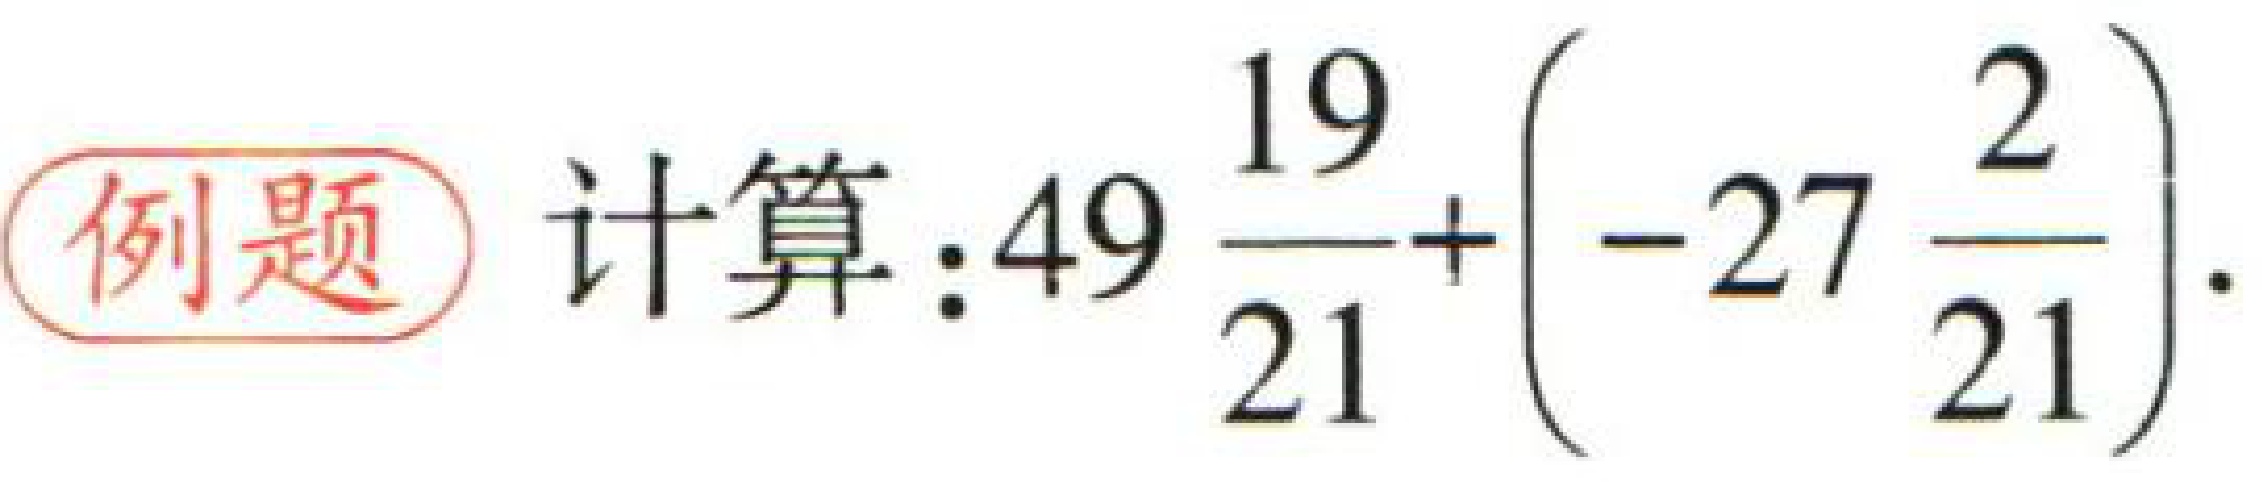
例题 计算：$49\frac{19}{21}+\left(-27\frac{2}{21}\right)$.